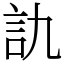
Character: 訅